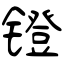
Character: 镫